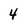
Character: 4